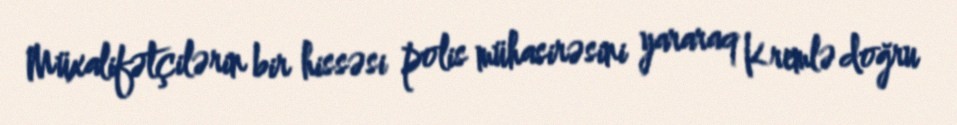
Müxalifətçilərin bir hissəsi polis mühasirəsini yararaq Kremlə doğru